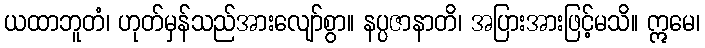
ယထာဘူတံ၊ ဟုတ်မှန်သည်အားလျော်စွာ။ နပ္ပဇာနာတိ၊ အပြားအားဖြင့်မသိ။ ဣမေ၊